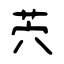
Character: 茓